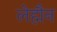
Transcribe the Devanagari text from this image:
लेह्मैन